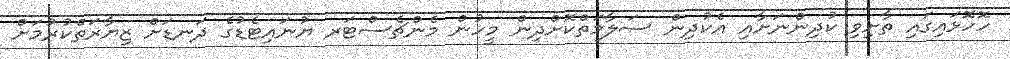
ހޮހޮޅައިގައި ތާށިވި ކުދިންނަށާއި އެކުދިން ސަލާމަތްކޮށްދިން މީހުން މެންޗެސްޓަރ ޔުނައިޓެޑުގެ ދަނޑަށް ޒިޔާރަތްކުރުމަށް